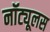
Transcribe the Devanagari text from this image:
नॉट्यूलस